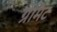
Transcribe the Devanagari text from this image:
ग्रेमिट